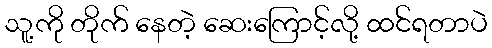
သူ့ကို တိုက် နေတဲ့ ဆေးကြောင့်လို့ ထင်ရတာပဲ